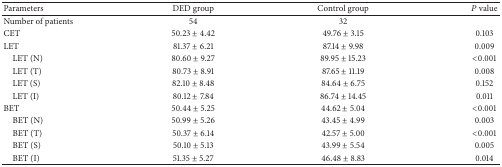
<table><thead><tr><td><b>Parameters</b></td><td><b>DED group</b></td><td><b>Control group</b></td><td><b><i>P</i> value</b></td></tr></thead><tbody><tr><td>Number of patients</td><td>54</td><td>32</td><td> </td></tr><tr><td>CET</td><td>50.23 ± 4.42</td><td>49.76 ± 3.15</td><td>0.103</td></tr><tr><td>LET</td><td>81.37 ± 6.21</td><td>87.14 ± 9.98</td><td>0.009</td></tr><tr><td> LET (N)</td><td>80.60 ± 9.27</td><td>89.95 ± 15.23</td><td>&lt;0.001</td></tr><tr><td> LET (T)</td><td>80.73 ± 8.91</td><td>87.65 ± 11.19</td><td>0.008</td></tr><tr><td> LET (S)</td><td>82.10 ± 8.48</td><td>84.64 ± 6.75</td><td>0.152</td></tr><tr><td> LET (I)</td><td>80.12 ± 7.84</td><td>86.74 ± 14.45</td><td>0.011</td></tr><tr><td>BET</td><td>50.44 ± 5.25</td><td>44.62 ± 5.04</td><td>&lt;0.001</td></tr><tr><td> BET (N)</td><td>50.99 ± 5.26</td><td>43.45 ± 4.99</td><td>0.003</td></tr><tr><td> BET (T)</td><td>50.37 ± 6.14</td><td>42.57 ± 5.00</td><td>&lt;0.001</td></tr><tr><td> BET (S)</td><td>50.10 ± 5.13</td><td>43.99 ± 5.54</td><td>0.005</td></tr><tr><td> BET (I)</td><td>51.35 ± 5.27</td><td>46.48 ± 8.83</td><td>0.014</td></tr></tbody></table>